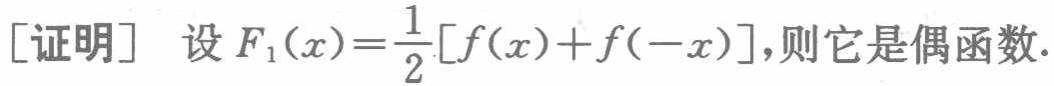
[证明] 设 \(F_1(x)=\frac{1}{2}[f(x)+f(-x)]\)，则它是偶函数.